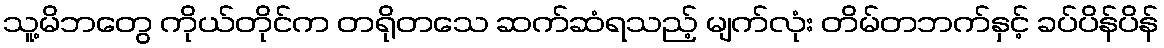
သူ့မိဘတွေ ကိုယ်တိုင်က တရိုတသေ ဆက်ဆံရသည့် မျက်လုံး တိမ်တဘက်နှင့် ခပ်ပိန်ပိန်